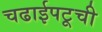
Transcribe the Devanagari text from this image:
चढाईपटूची